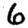
Digit: 6